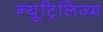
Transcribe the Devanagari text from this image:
न्यूट्रिलिज्म